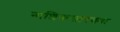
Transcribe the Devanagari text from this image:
नाशिकसारख्या